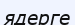
ядерге